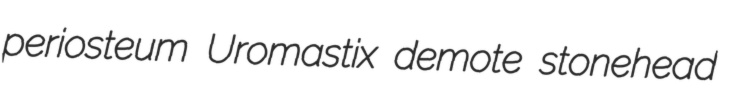
periosteum Uromastix demote stonehead